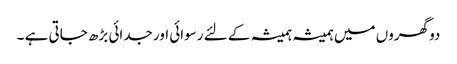
دو گھروں میں ہمیشہ ہمیشہ کے لئے رسوائی اور جدائی بڑھ جاتی ہے ۔